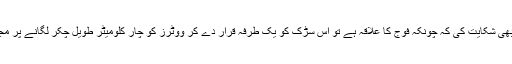
کارکنوں نے یہ بھی شکایت کی کہ چونکہ فوج کا علاقہ ہے تو اس سڑک کو یک طرفہ قرار دے کر ووٹرز کو چار کلومیٹر طویل چکر لگانے پر مجبور کیا گیا ہے ۔